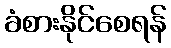
ခံစားနိုင်စေရန်